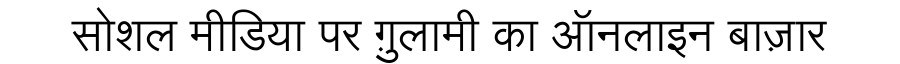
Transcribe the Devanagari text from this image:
सोशल मीडिया पर ग़ुलामी का ऑनलाइन बाज़ार